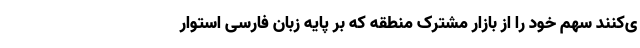
ی‌کنند سهم خود را از بازار مشترک منطقه که بر پایه زبان فارسی استوار